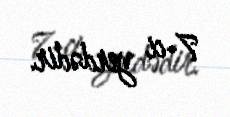
7-ci yerdədir.